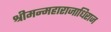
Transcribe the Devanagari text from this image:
श्रीमन्महाराजाधिराज